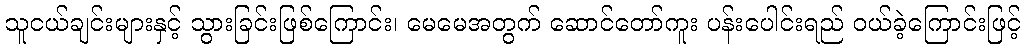
သူငယ်ချင်းများနှင့် သွားခြင်းဖြစ်ကြောင်း၊ မေမေအတွက် ဆောင်တော်ကူး ပန်းပေါင်းရည် ဝယ်ခဲ့ကြောင်းဖြင့်